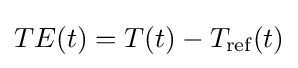
TE(t)=T(t)-T_{\text{ref}}(t)